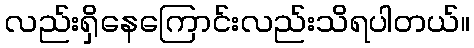
လည်းရှိနေကြောင်းလည်းသိရပါတယ်။